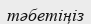
тәбетіңіз